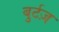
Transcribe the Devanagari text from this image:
बुर्टज़